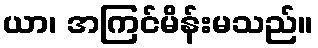
ယာ၊ အကြင်မိန်းမသည်။